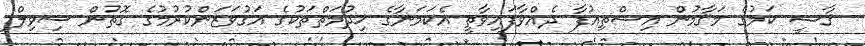
ޤާޟީ ކަމުގެ މަޤާމުން އިސްތިއުފާ ދެއްވާފައިވާތީ އެކަމަނާގެ ޚިދުމަތްތަކުގެ އަގުވަޒަންކުރުމުގެ ގޮތުން ސިވިލް